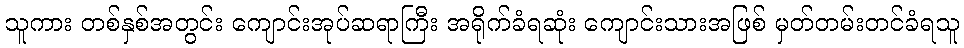
သူကား တစ်နှစ်အတွင်း ကျောင်းအုပ်ဆရာကြီး အရိုက်ခံရဆုံး ကျောင်းသားအဖြစ် မှတ်တမ်းတင်ခံရသူ